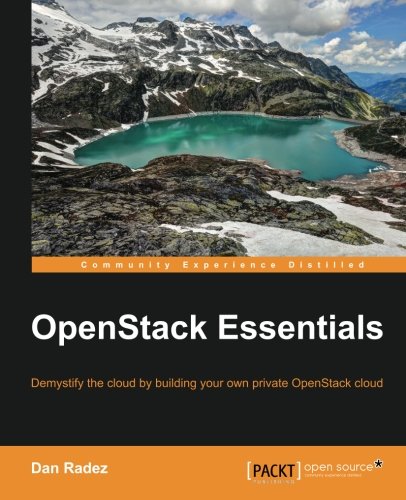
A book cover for OpenStack Essentials; Dan Radez; Computers & Technology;